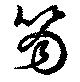
笏